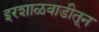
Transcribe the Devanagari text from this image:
इरशाळवाडीतून